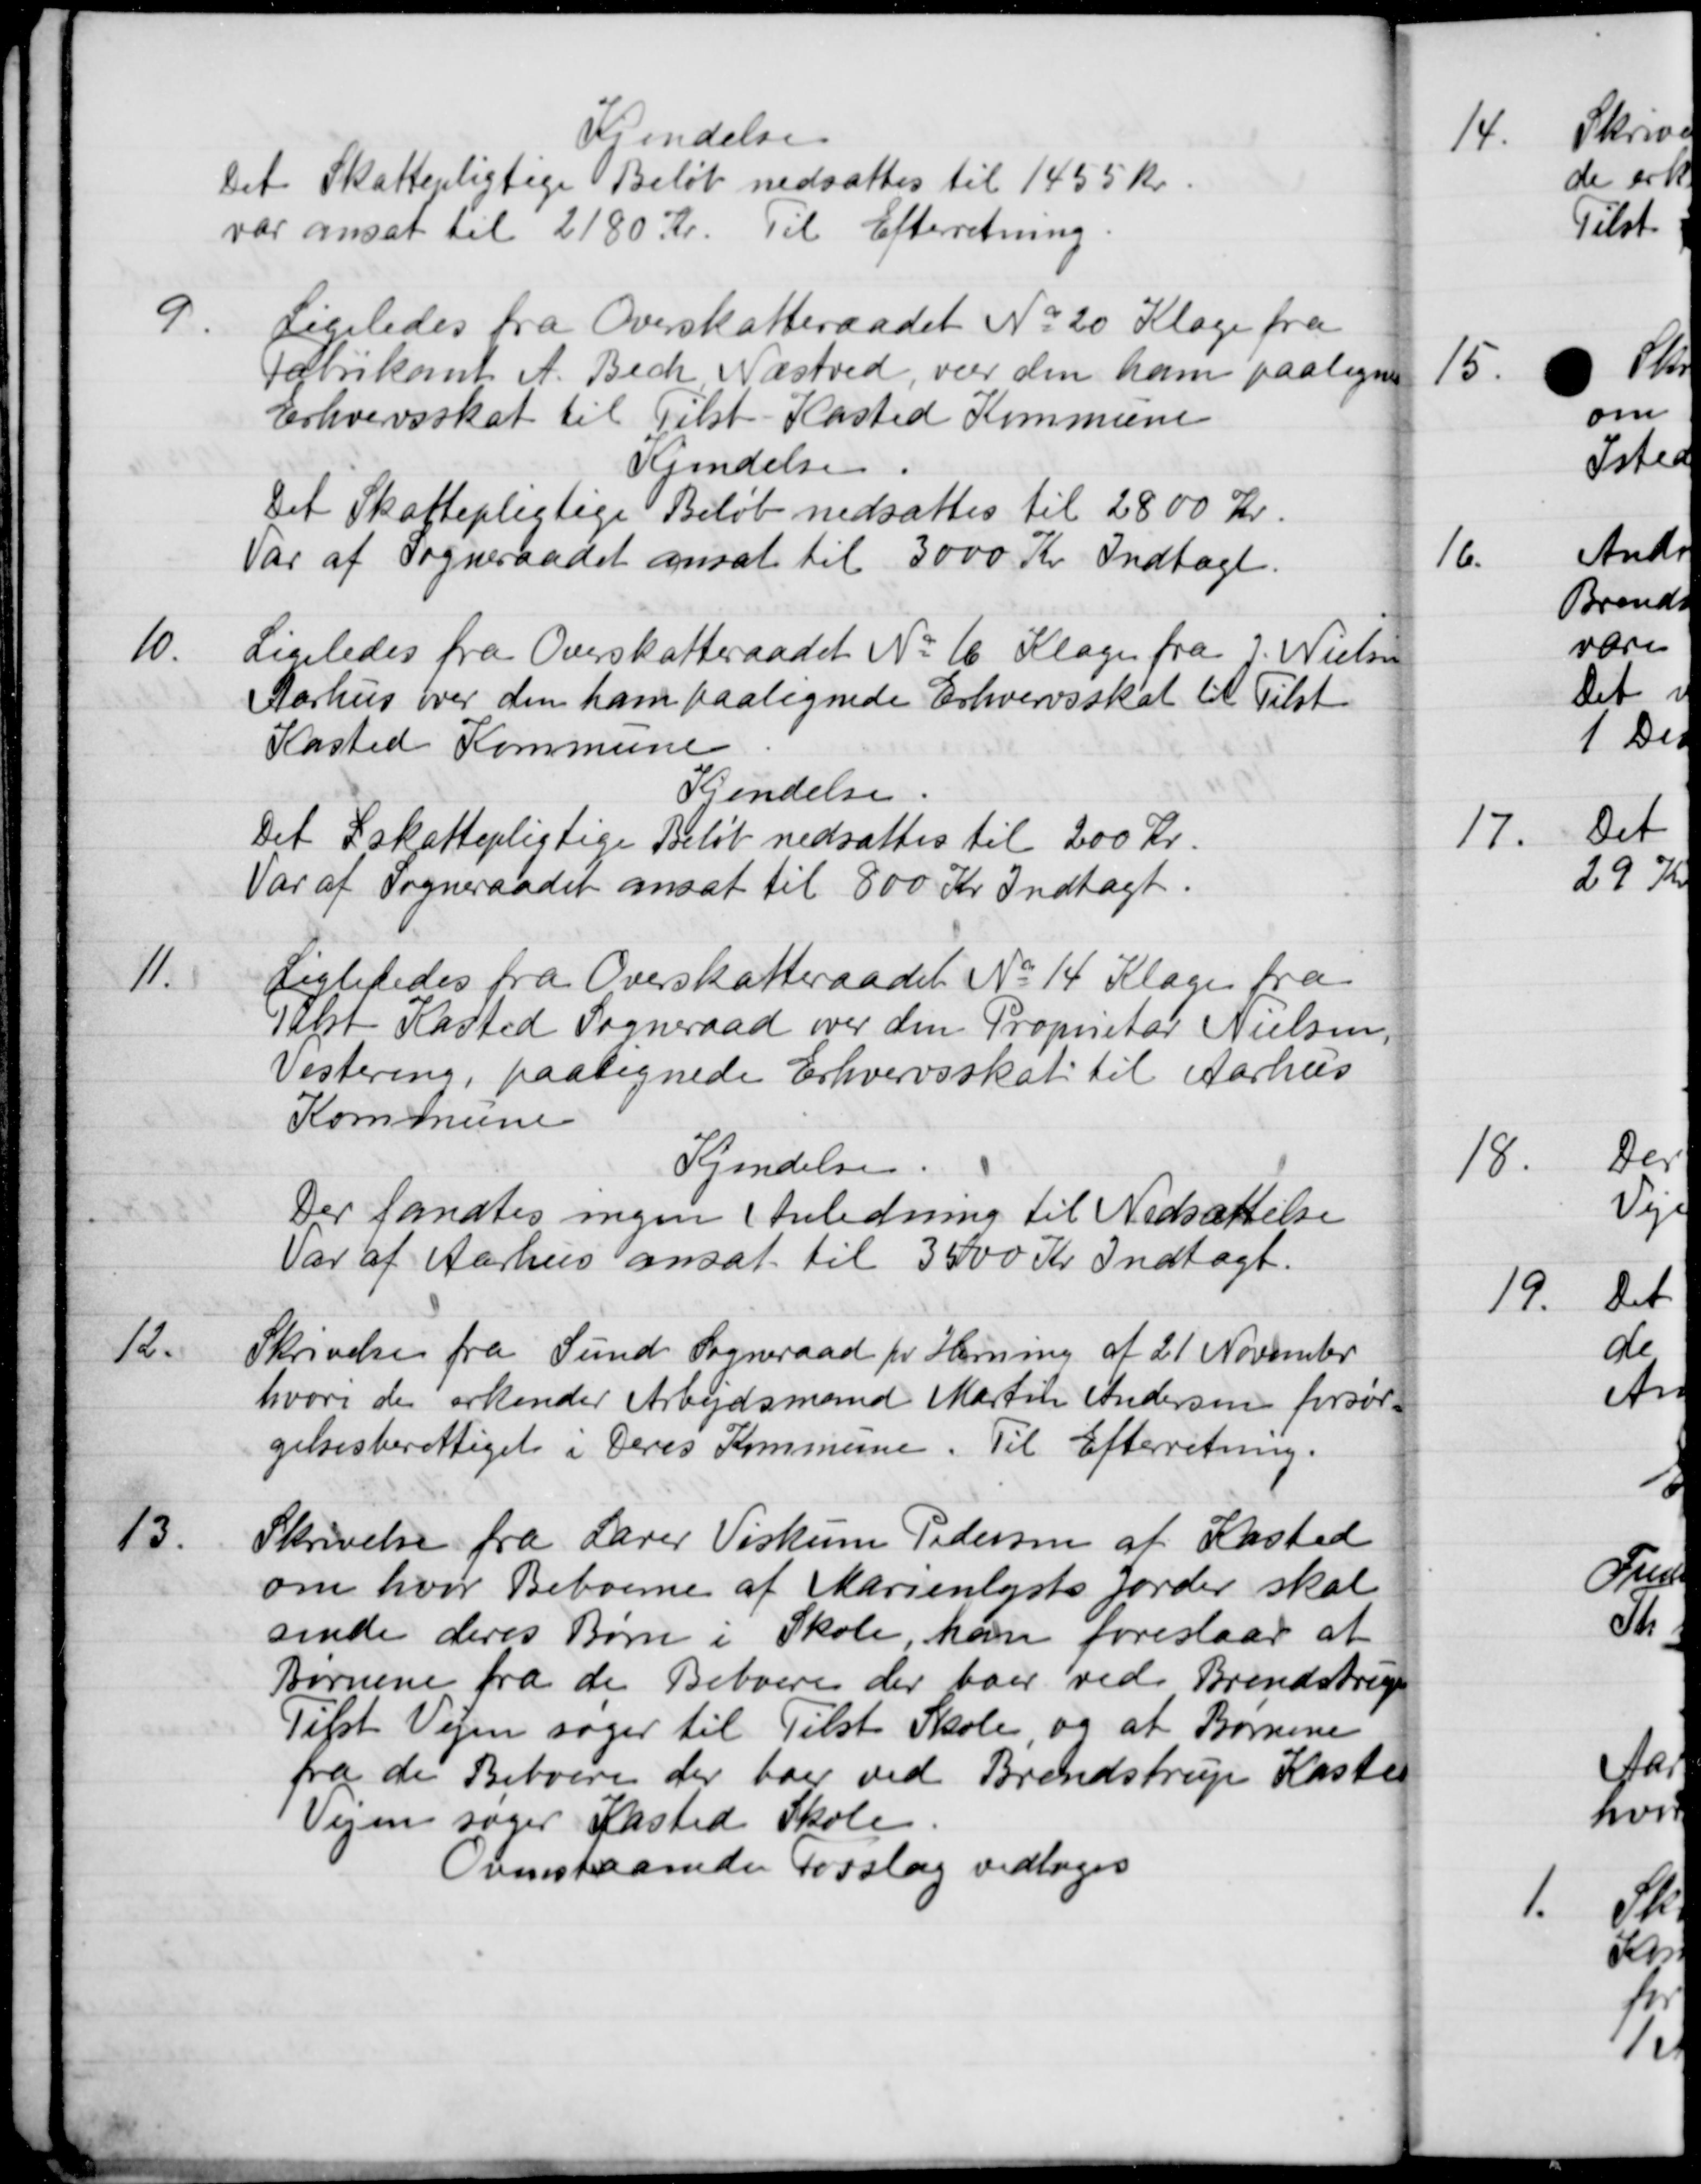
Transskription:
Kjendelse
Det Skattepligtige Beløb nedsattes til 1455 Kr.
var ansat til 2180 Kr. Til Efterretning
9.
Ligeledes fra Overskatteraadet No 20 Klage fra
Fabrikant A. Bech Næstved, var den ham paaligne
Erhvervsskat til Tilst-Kasted Kommune
Kjendelse.
Det Skattepligtige Beløb nedsattes til 2800 Kr.
Var af Sogneraadet ansat til 3000 Kr Indtægt.
10.
Ligeledes fra Overskatteraadet No 16 Klage fra J. Nielsen
Aarhus over den ham paalignede Erhvervsskat til Tilst
Kasted Kommune
Kjendelse
Det L skattepligtige Beløb nedsattes til 200 Kr.
Var af Sogneraadet ansat til 800 Kr Indtægt.
11.
Ligliededes fra Overskatteraadet No 14 Klage fra
Talst Kasted Sogneraad over den Proprietær Nielsen,
Vestereng, paategnede Erhvervsskat til Aarhus
Kommune
Kjendelse.
Der fandtes ingen Anledning til Nedsættelse
Var af Aarhus ansat til 3500 Kr Indtægt.
12.
Skrivelse fra Sund Sogneraad pr Herning af 21 November
hvori de erkender Arbejdsmand Martin Andersen forsør-
gelsesberettiget i Deres Kommune. Til Efterretning.
13.
Skrivelse fra Lærer Viskum Pedersen af Kasted
om hvor Beboerne af Marienlysts Jorder skal
sende deres Børn i Skole, han foreslaar at
Børnene fra de Beboere der boer ved Brendstrup
Tilst Vejen søger til Tilst Skole, og at Børnene
fra de Beboere der boer ved Brendstrup Kasted
Vejen søger Kasted Skole.
Ovenstaaende Forslag vedtoges